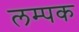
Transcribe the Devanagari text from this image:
लम्पक